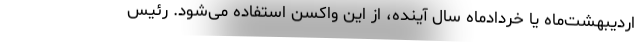
اردیبهشت‌ماه یا خردادماه سال آینده، از این واکسن استفاده می‌شود. رئیس